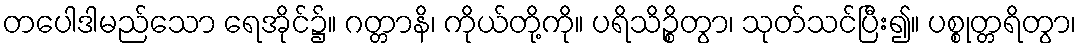
တပေါဒါမည်သော ရေအိုင်၌။ ဂတ္တာနိ၊ ကိုယ်တို့ကို။ ပရိသိဉ္စိတွာ၊ သုတ်သင်ပြီး၍။ ပစ္စုတ္တရိတွာ၊